画像に写った文字を読んでください
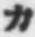
「カ」と書いてあります